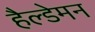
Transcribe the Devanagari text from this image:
हैल्डेमन